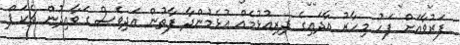
ފަރުވާއަށް ފަހު މިހާރު އާދައިގެ ދިރިއުޅުމެއް އުޅެމުންދާ ފާތުން އަދިވެސް ގަވާއިދުން ޗެކަޕް